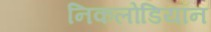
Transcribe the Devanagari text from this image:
निकलोडियॉन